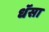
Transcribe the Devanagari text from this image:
धॅसा